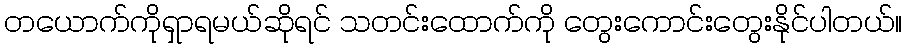
တယောက်ကိုရှာရမယ်ဆိုရင် သတင်းထောက်ကို တွေးကောင်းတွေးနိုင်ပါတယ်။